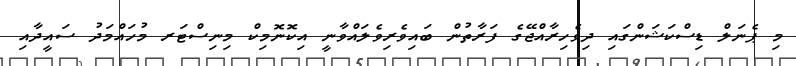
މި ޕެނަލް ޑިސްކަޝަންގައި ދިވެހިރާއްޖޭގެ ފަރާތުން ބައިވެރިވެލައްވާނީ އިކޮނޮމިކް މިނިސްޓަރ މުހައްމަދު ސައީދާއި